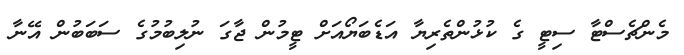
މެންޗެސްޓާ ސިޓީ ގެ ކުޅުންތެރިޔާ އަޑެބަޔޯއަށް ޓީމުން ޖާގަ ނުލިބުމުގެ ސަބަބުން އޭނާ